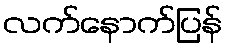
လက်နောက်ပြန်